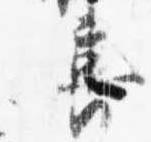
喜